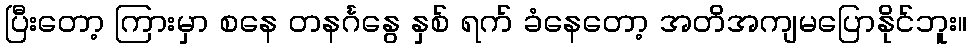
ပြီးတော့ ကြားမှာ စနေ တနင်္ဂနွေ နှစ် ရက် ခံနေတော့ အတိအကျမပြောနိုင်ဘူး။